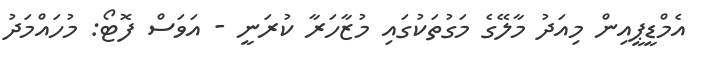
އެމްޑީޕީއިން މިއަދު މާލޭގެ މަގުތަކުގައި މުޒާހަރާ ކުރަނީ - އަވަސް ފޮޓޯ: މުހައްމަދު